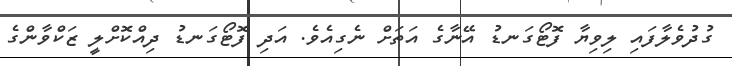
ގުދުވެލާފައި ލިވިޔާ ފޮޓޯގަނޑު އޭނާގެ އަތަށް ނެގިއެވެ. އަދި ފޮޓޯގަނޑު ދިއްކޮށްލީ ޒަކްވާންގެ